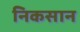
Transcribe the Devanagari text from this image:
निकसान